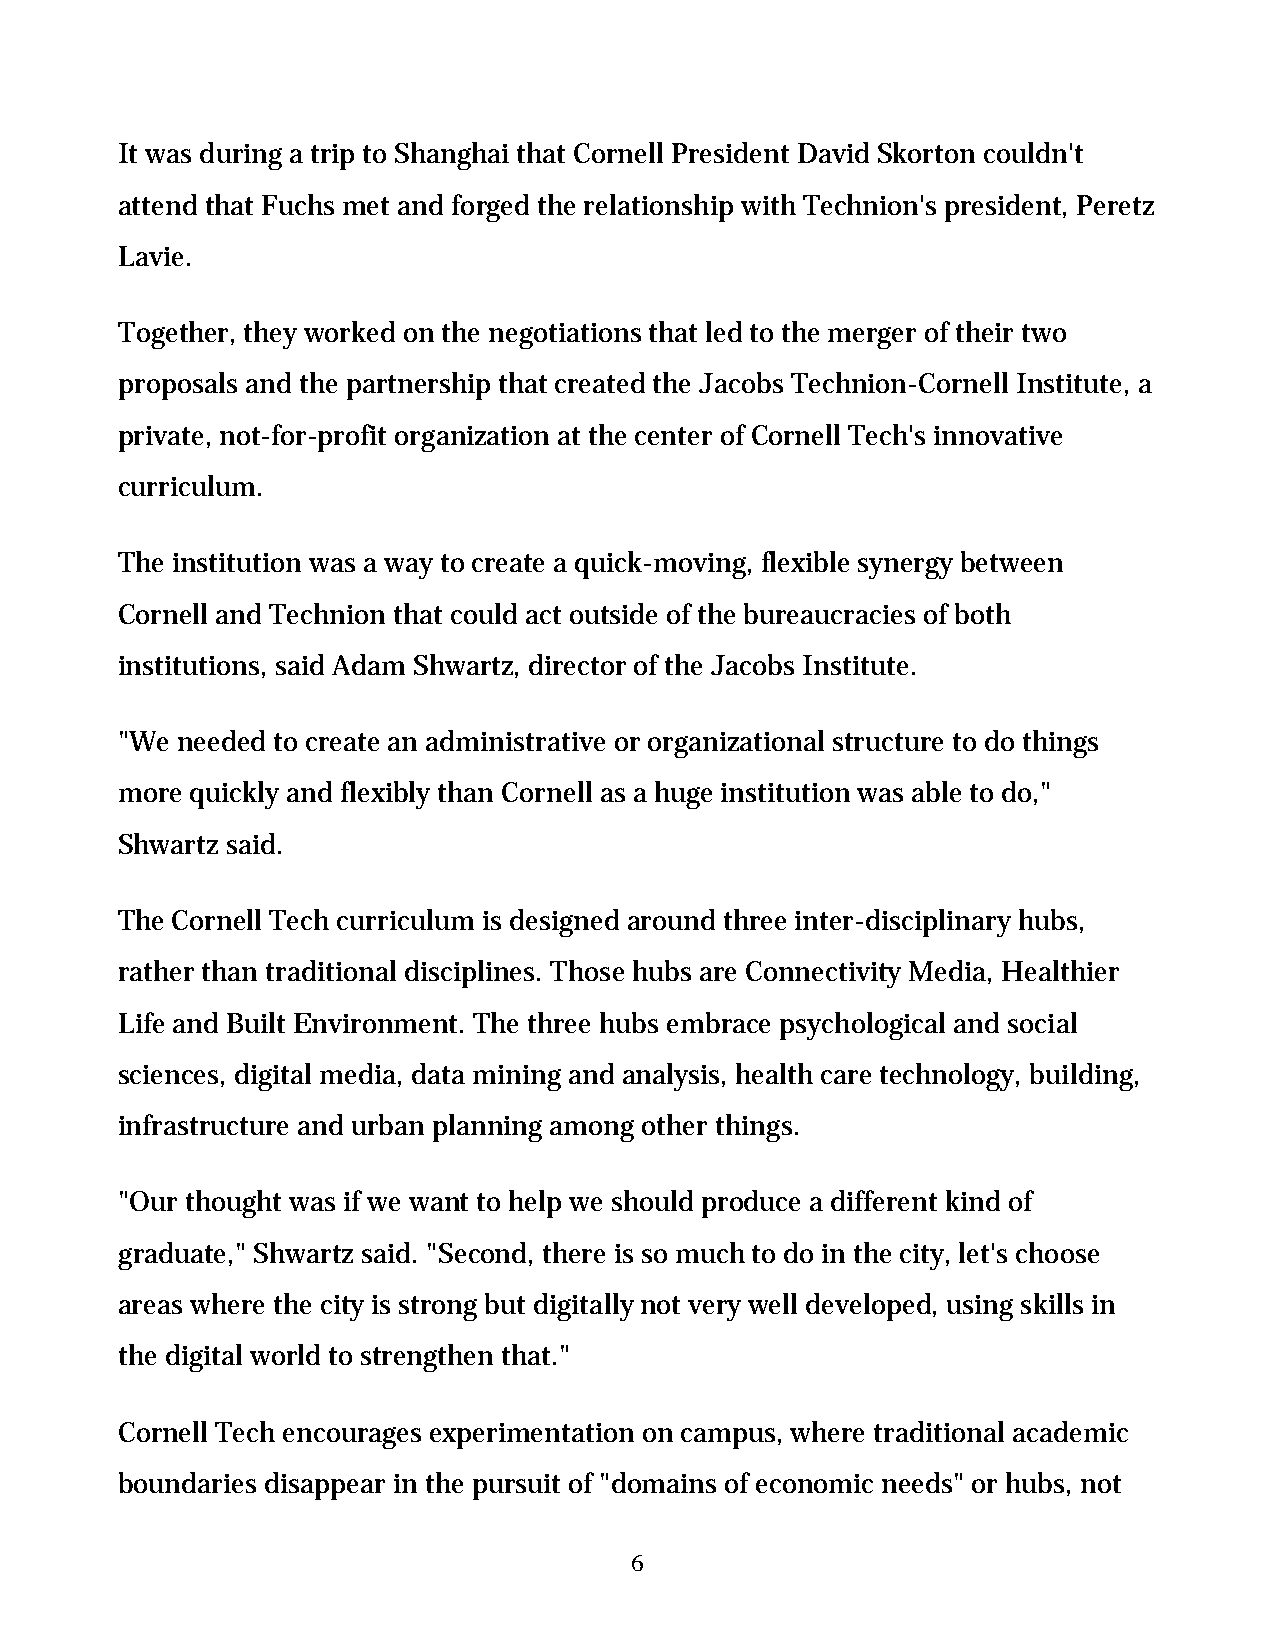
It was during a trip to Shanghai that Cornell President David Skorton couldn't
 attend that Fuchs met and forged the relationship with Technion's president, Peretz
 Lavie.
 Together, they worked on the negotiations that led to the merger of their two
 proposals and the partnership that created the Jacobs Technion-Cornell Institute, a
 private, not-for-profit organization at the center of Cornell Tech's innovative
 curriculum.
 The institution was a way to create a quick-moving, flexible synergy between
 Cornell and Technion that could act outside of the bureaucracies of both
 institutions, said Adam Shwartz, director of the Jacobs Institute.
 "We needed to create an administrative or organizational structure to do things
 more quickly and flexibly than Cornell as a huge institution was able to do,"
 Shwartz said.
 The Cornell Tech curriculum is designed around three inter-disciplinary hubs,
 rather than traditional disciplines. Those hubs are Connectivity Media, Healthier
 Life and Built Environment. The three hubs embrace psychological and social
 sciences, digital media, data mining and analysis, health care technology, building,
 infrastructure and urban planning among other things.
 "Our thought was if we want to help we should produce a different kind of
 graduate," Shwartz said. "Second, there is so much to do in the city, let's choose
 areas where the city is strong but digitally not very well developed, using skills in
 the digital world to strengthen that."
 Cornell Tech encourages experimentation on campus, where traditional academic
 boundaries disappear in the pursuit of "domains of economic needs" or hubs, not
 6